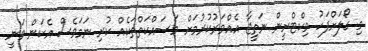
މި ގޯލަށްފަހު ވިކްޓްރީން ނަތީޖާ އެއްވަރުކުރުމަށް މަސައްކަތްތަކެއް ކުރި ނަމަވެސް އެކަން ވަނީ